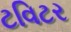
ટવિટર